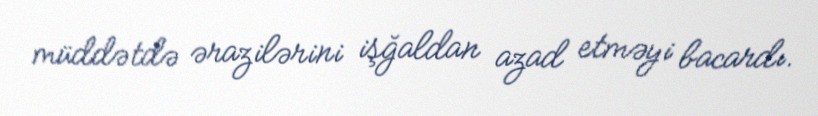
müddətdə ərazilərini işğaldan azad etməyi bacardı.